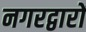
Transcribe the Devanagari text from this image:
नगरद्वारों